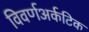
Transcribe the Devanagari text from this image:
विवर्णअर्कटिक